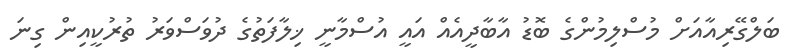
ބަލްގޭރިއާއަށް މުސްލިމުންގެ ބޮޑު އާބާދީއެއް އައީ އުސްމާނީ ޚިލާފަތުގެ ދުވަސްވަރު ތުރުކީއިން ގިނަ